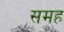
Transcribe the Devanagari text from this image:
समह